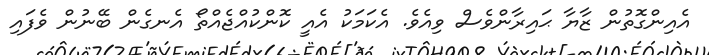
އެއިންގޮތުން ޒާޔާ ޙައިރާންވެސް ވިއެވެ. އެކަމަކު އެއީ ކޮންކުއްޖެއްތޯ އެނގެން ބޭނުން ވެފައި